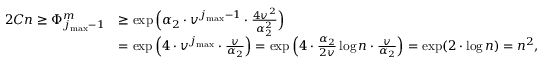
\begin{array} { r l } { 2 C n \geq \Phi _ { j _ { \operatorname* { m a x } } - 1 } ^ { m } } & { \geq \exp \Big ( \alpha _ { 2 } \cdot v ^ { j _ { \operatorname* { m a x } } - 1 } \cdot \frac { 4 v ^ { 2 } } { \alpha _ { 2 } ^ { 2 } } \Big ) } \\ & { = \exp \Big ( 4 \cdot v ^ { j _ { \operatorname* { m a x } } } \cdot \frac { v } { \alpha _ { 2 } } \Big ) = \exp \Big ( 4 \cdot \frac { \alpha _ { 2 } } { 2 v } \log n \cdot \frac { v } { \alpha _ { 2 } } \Big ) = \exp ( 2 \cdot \log n ) = n ^ { 2 } , } \end{array}